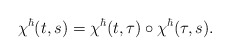
\begin{align*}\chi^\hbar(t,s)=\chi^\hbar(t,\tau)\circ\chi^\hbar(\tau,s).\end{align*}